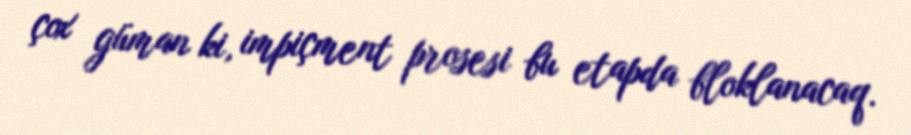
çox güman ki, impiçment prosesi bu etapda bloklanacaq.